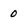
Character: 0